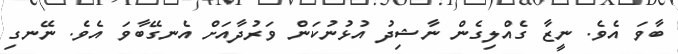
ބާވަ އެވެ. ނީޒާ ގެއްލިގެން ނާޝިދު އުޅުނުކަން ވަރުދާއަށް އެނގޭބާވަ އެވެ. ނޭނގި